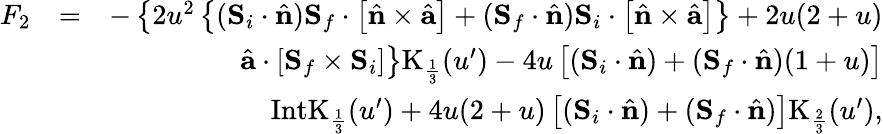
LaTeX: \begin{array}{rlr}{F_{2}}&{=}&{-\left\{ 2u^{2}\left\{ ({\mathbf S}_{i}\cdot\hat{\mathbf n}){\mathbf S}_{f}\cdot\left[\hat{\mathbf n}\times\hat{\mathbf a}\right]+({\mathbf S}_{f}\cdot\hat{\mathbf n}){\mathbf S}_{i}\cdot\left[\hat{\mathbf n}\times\hat{\mathbf a}\right]\right\} +2u(2+u)\right.}\\ &{}&{\left.\hat{\mathbf a}\cdot[{\mathbf S}_{f}\times{\mathbf S}_{i}]\right\} \mathrm{K}_{\frac{1}{3}}(u^{\prime})-4u\left[({\mathbf S}_{i}\cdot\hat{\mathbf n})+({\mathbf S}_{f}\cdot\hat{\mathbf n})(1+u)\right]}\\ &{}&{\mathrm{IntK}_{\frac{1}{3}}(u^{\prime})+4u(2+u)\left[({\mathbf S}_{i}\cdot\hat{\mathbf n})+({\mathbf S}_{f}\cdot\hat{\mathbf n})\right]\mathrm{K}_{\frac{2}{3}}(u^{\prime}),}\end{array}